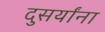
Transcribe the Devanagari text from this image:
दुसर्यांना